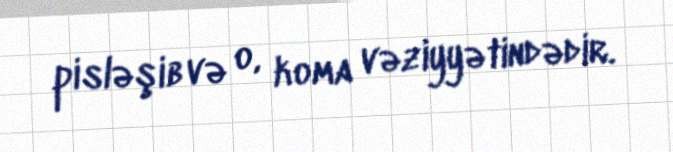
pisləşib və o, koma vəziyyətindədir.